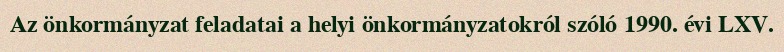
Az önkormányzat feladatai a helyi önkormányzatokról szóló 1990. évi LXV.